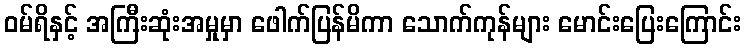
ဝမ်ရိနှင့် အကြီးဆုံးအမှုမှာ ဖေါက်ပြန်မိကာ သောက်ကုန်များ မောင်းပြေးကြောင်း